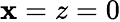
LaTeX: \mathbf{x}=z=0